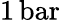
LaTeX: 1\, \mathrm{bar}